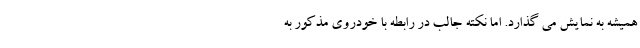
همیشه به نمایش می گذارد. اما نکته جالب در رابطه با خودروی مذکور به